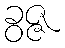
ခွဇ္ဇ